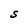
Character: S